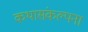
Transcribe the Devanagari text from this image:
कथासंकल्पना